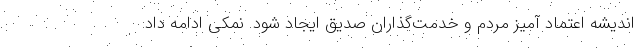
اندیشه اعتماد آمیز مردم و خدمت‌گذاران صدیق ایجاد شود. نمکی ادامه داد: